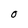
Character: O